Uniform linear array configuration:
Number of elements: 32
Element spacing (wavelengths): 0.75
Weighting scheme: uniform
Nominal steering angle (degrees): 60
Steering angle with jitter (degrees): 59.452
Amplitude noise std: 0.05
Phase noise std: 0.05

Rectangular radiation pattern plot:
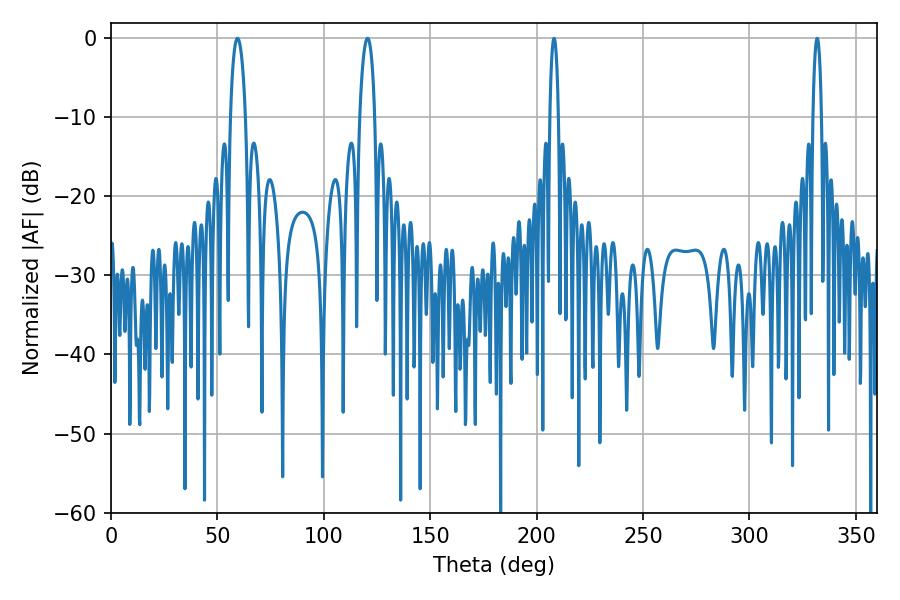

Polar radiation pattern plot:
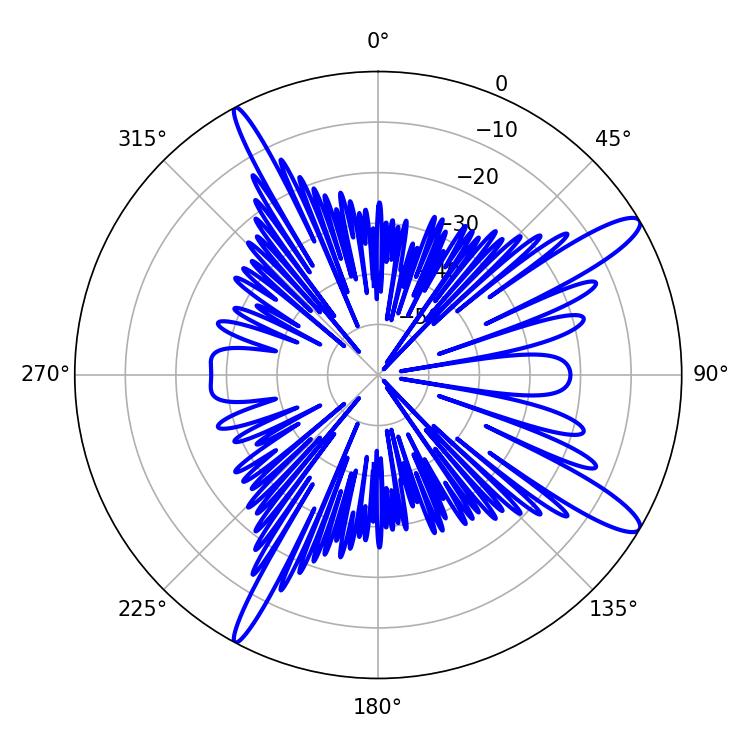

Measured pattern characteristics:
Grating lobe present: TRUE
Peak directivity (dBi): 13.205
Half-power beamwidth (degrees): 4.14
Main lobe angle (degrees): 59.4